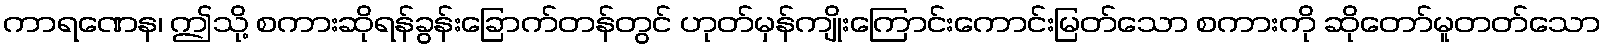
ကာရဏေန၊ ဤသို့ စကားဆိုရန်ခွန်းခြောက်တန်တွင် ဟုတ်မှန်ကျိုးကြောင်းကောင်းမြတ်သော စကားကို ဆိုတော်မူတတ်သော